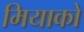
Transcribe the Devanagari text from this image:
मियाको